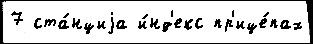
7 ста́нциjа и́нд'екс пр'ице́пах